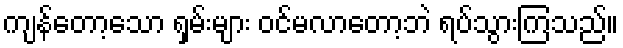
ကျန်တော့သော ရှမ်းများ ဝင်မလာတော့ဘဲ ရပ်သွားကြသည်။